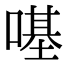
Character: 𠼻